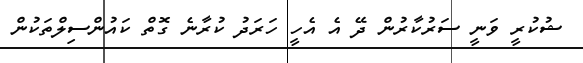
ޝުކުރީ ވަނީ ސަރުކާރުން ދޭ އެ އެހީ ހަރަދު ކުރާނެ ގޮތް ކައުންސިލްތަކުން